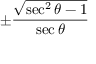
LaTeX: \pm { \frac { \sqrt { \sec ^ { 2 } \theta - 1 } } { \sec \theta } }